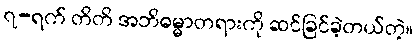
၇-ရက် တိတိ အဘိဓမ္မာတရားကို ဆင်ခြင်ခဲ့တယ်တဲ့။